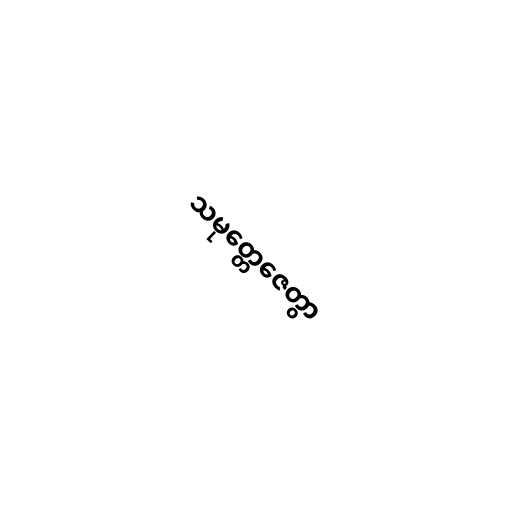
သမုတ္တေဇေတွာ